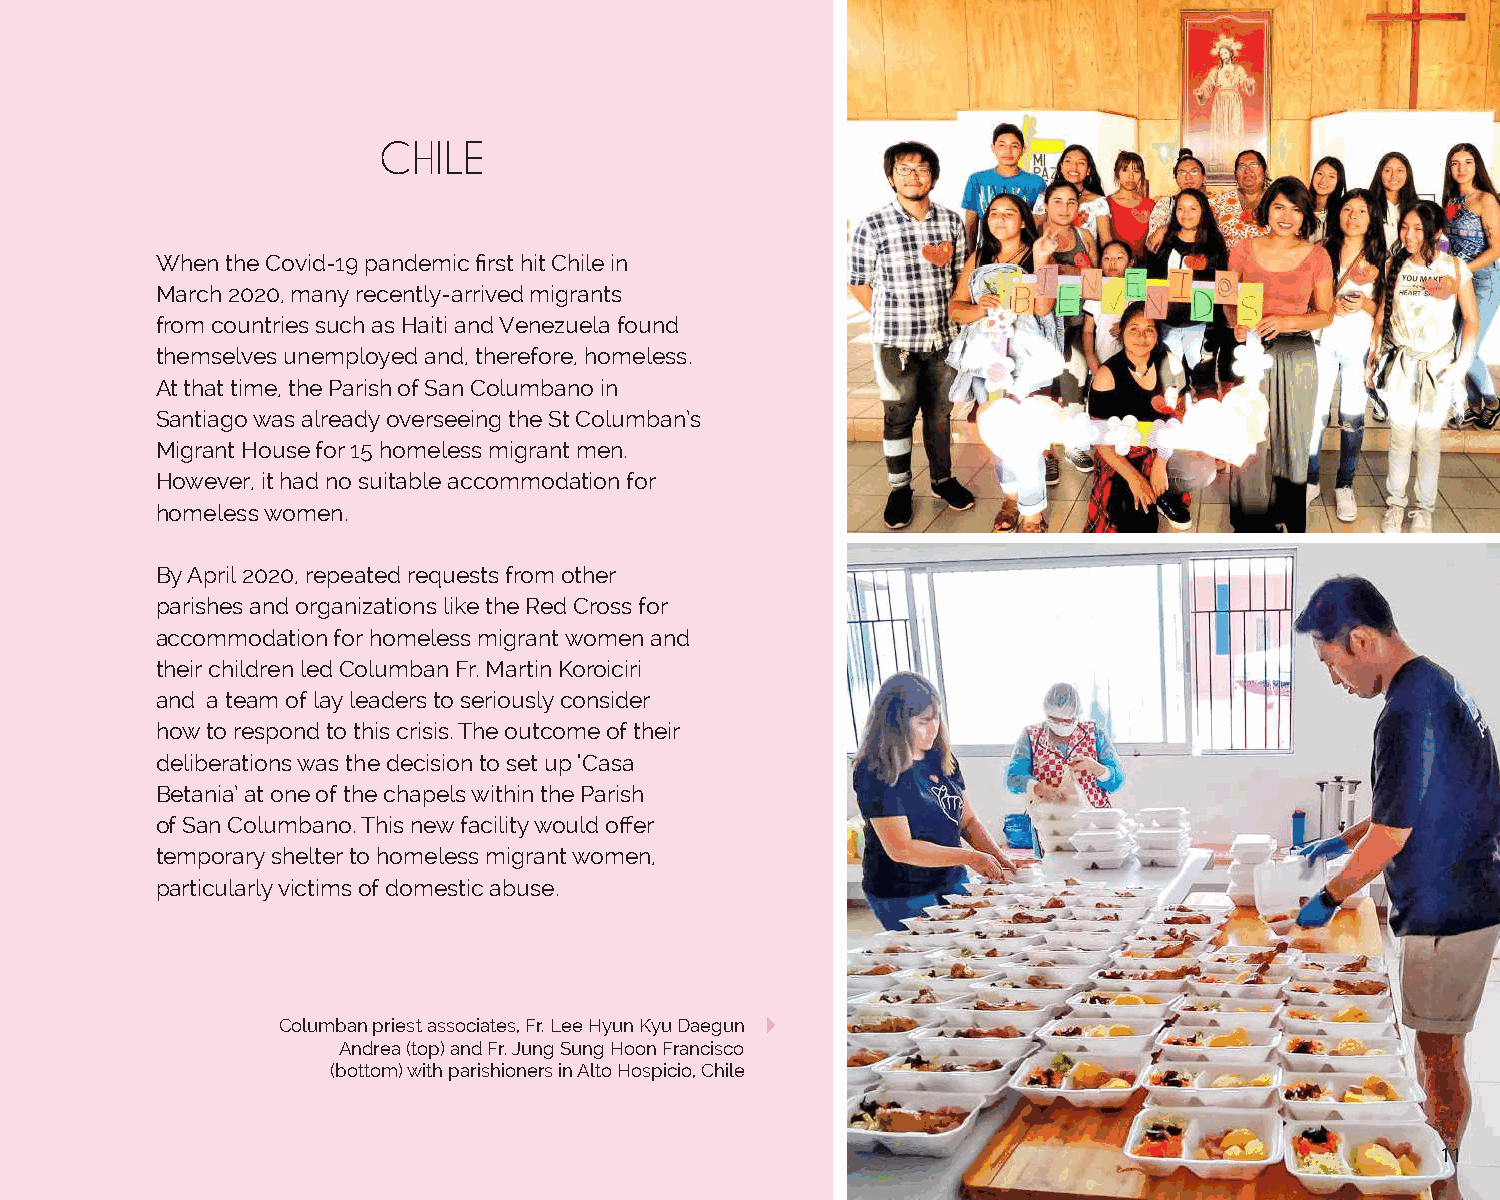
CHILE
 When the Covid-19 pandemic first hit Chile in
 March 2020, many recently-arrived migrants
 from countries such as Haiti and Venezuela found
 themselves unemployed and, therefore, homeless.
 At that time, the Parish of San Columbano in
 Santiago was already overseeing the St Columban’s
 Migrant House for 15 homeless migrant men.
 However, it had no suitable accommodation for
 homeless women.
 By April 2020, repeated requests from other
 parishes and organizations like the Red Cross for
 accommodation for homeless migrant women and
 their children led Columban Fr. Martin Koroiciri
 and a team of lay leaders to seriously consider
 how to respond to this crisis. The outcome of their
 deliberations was the decision to set up ‘Casa
 Betania’ at one of the chapels within the Parish
 of San Columbano. This new facility would offer
 temporary shelter to homeless migrant women,
 particularly victims of domestic abuse.
 Columban priest associates, Fr. Lee Hyun Kyu Daegun
 Andrea (top) and Fr. Jung Sung Hoon Francisco
 (bottom) with parishioners in Alto Hospicio, Chile
 11